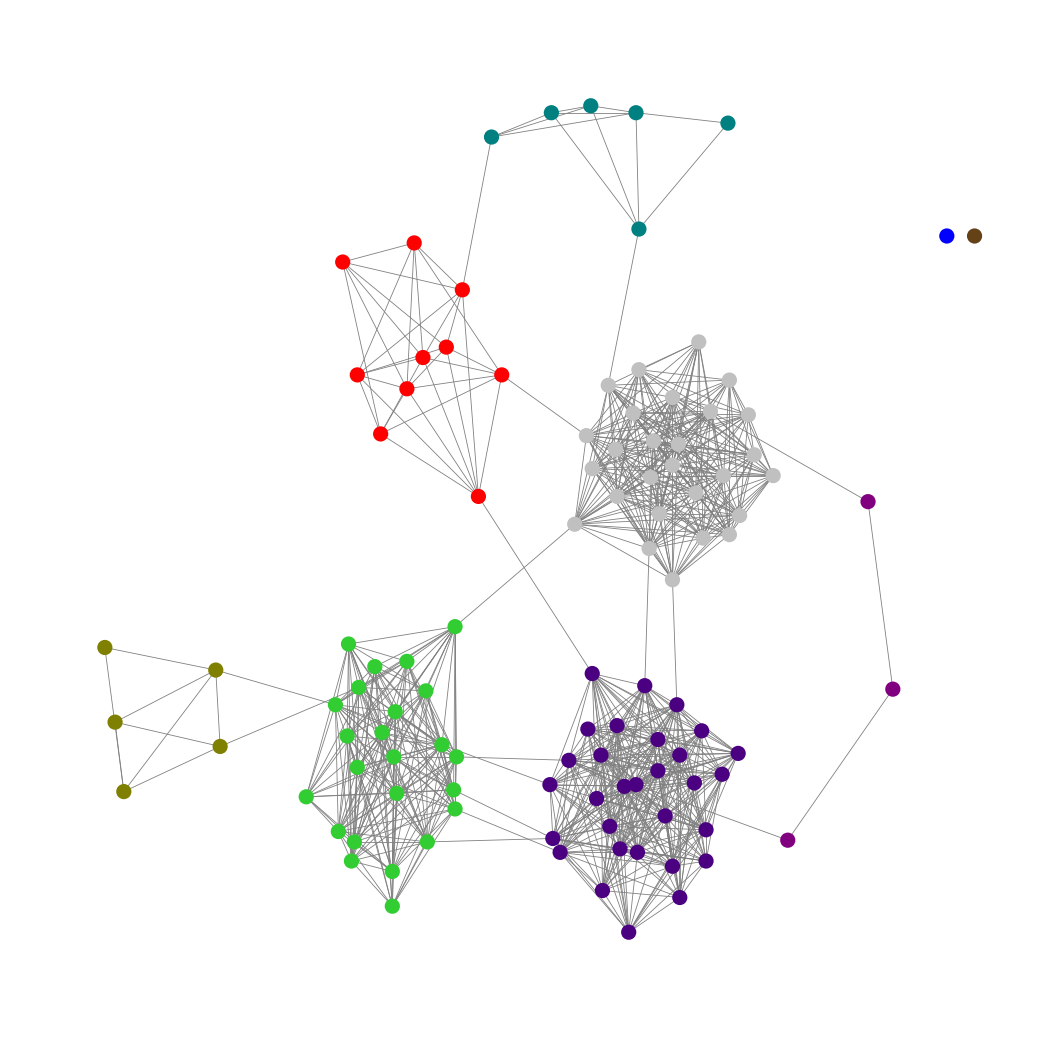
Graph connected: No
Number of connected components: 3
Number of singletons: 2
Total number of nodes: 107
Total number of edges: 833
Number of communities: 9
Community sizes:
Blue: 1
Indigo: 30
Lime Green: 24
Olive: 5
Pullman Brown: 1
Purple: 3
Red: 10
Silver: 27
Teal: 6
Graph layout: tda
Graph generation method: erdos_renyi